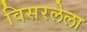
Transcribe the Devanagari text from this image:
विसरलेला